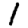
Digit: 1